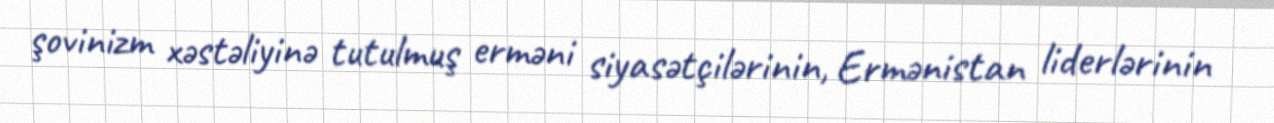
şovinizm xəstəliyinə tutulmuş erməni siyasətçilərinin, Ermənistan liderlərinin